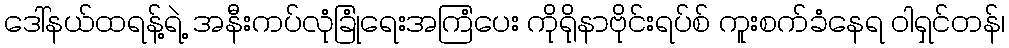
ဒေါ်နယ်ထရန့်ရဲ့ အနီးကပ်လုံခြုံရေးအကြံပေး ကိုရိုနာဗိုင်းရပ်စ် ကူးစက်ခံနေရ ဝါရှင်တန်၊